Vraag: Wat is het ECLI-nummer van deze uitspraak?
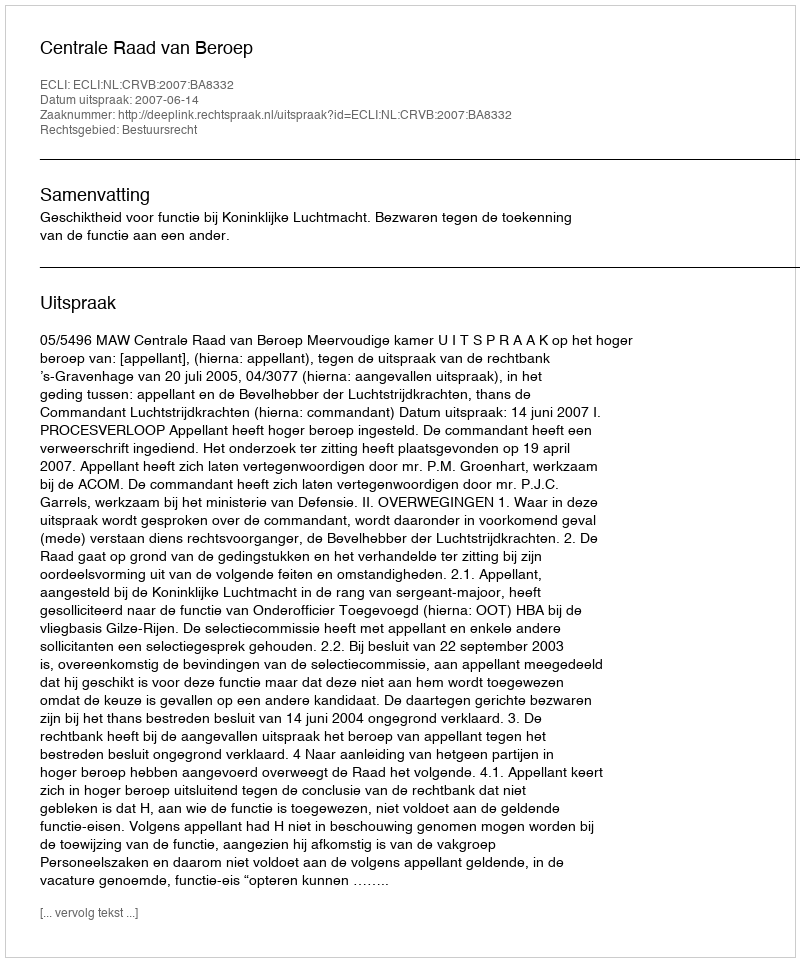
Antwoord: ECLI:NL:CRVB:2007:BA8332